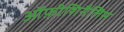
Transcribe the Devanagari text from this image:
ऑफ़ीशिनैलिस